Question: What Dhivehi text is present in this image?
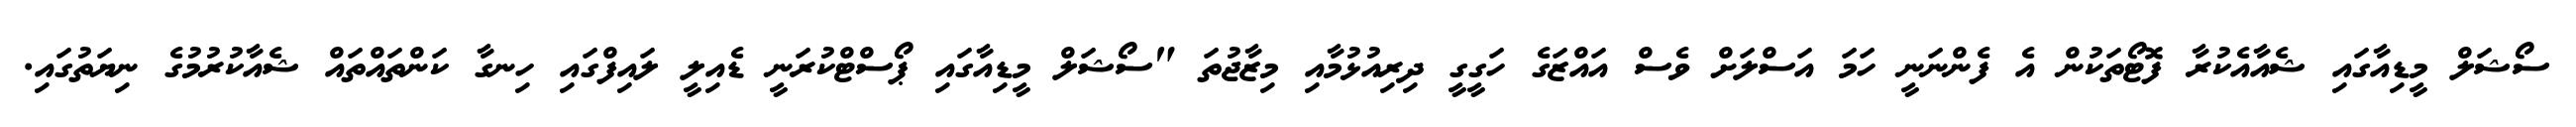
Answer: ސޯޝަލް މީޑިއާގައި ޝެއާއެކުރާ ފޮޓޯތަކުން އެ ފެންނަނީ ހަމަ އަސްލަށް ވެސް އައްޒަގެ ހަގީގީ ދިރިއުޅުމާއި މިޒާޖުތަ "ސޯޝަލް މީޑިއާގައި ޕޯސްޓްކުރަނީ ޑެއިލީ ލައިފްގައި ހިނގާ ކަންތައްތައް ޝެއާކުރުމުގެ ނިޔަތުގައި.